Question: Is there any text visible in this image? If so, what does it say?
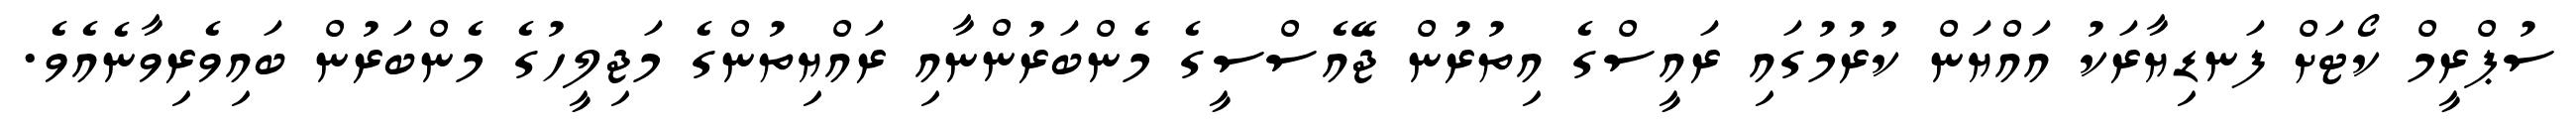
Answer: ސުޕްރީމް ކޯޓަށް ފަނޑިޔާރަކު އައްޔަން ކުރުމުގައި ރައީސްގެ އިތުރުން ޖޭއެސްސީގެ މެންބަރުންނާއި ރައްޔިތުންގެ މަޖިލީހުގެ މެންބަރުން ބައިވެރިވާނެއެވެ.